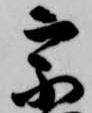
宗